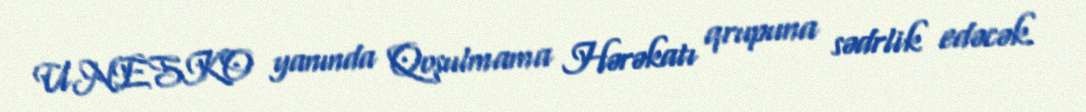
UNESKO yanında Qoşulmama Hərəkatı qrupuna sədrlik edəcək.